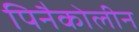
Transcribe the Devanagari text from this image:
पिनैकोलीन